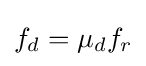
f_{d}={\mu }_{d}f_{r}